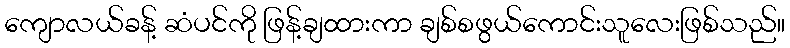
ကျောလယ်ခန့် ဆံပင်ကို ဖြန့်ချထားကာ ချစ်စဖွယ်ကောင်းသူလေးဖြစ်သည်။